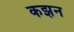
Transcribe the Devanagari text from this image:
कझन